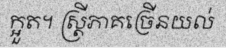
ក្អួត។ ស្ត្រីភាគច្រើនយល់